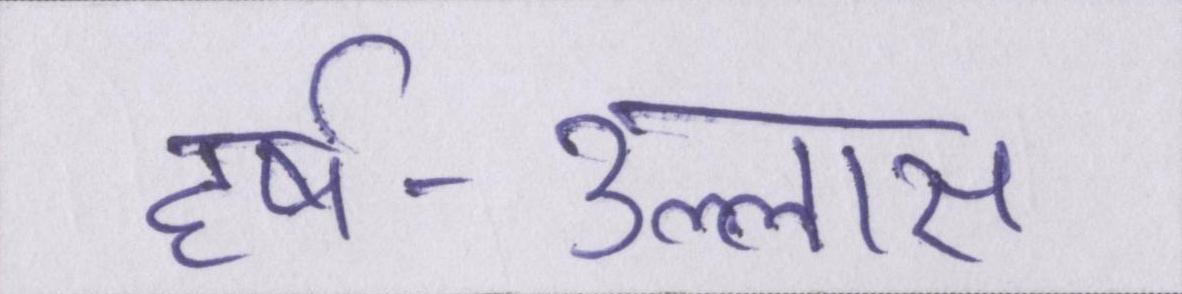
हर्ष-उल्लास